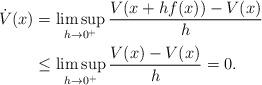
LaTeX: \begin{align*} \dot V(x) &= \limsup_{h \to 0^+} \frac{V(x+h f(x) ) - V(x)}{h} \\ & \le \limsup_{h \to 0^+} \frac{V(x ) - V(x)}{h} =0. \end{align*}